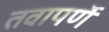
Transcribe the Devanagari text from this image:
तवापर्णे